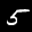
Label: 5